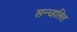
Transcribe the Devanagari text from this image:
सन्च्हलित